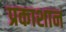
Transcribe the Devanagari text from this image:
प्रकाशान